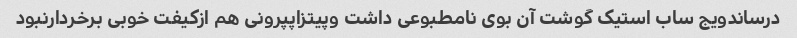
درساندویج ساب استیک گوشت آن بوی نامطبوعی داشت وپیتزاپپرونی هم ازکیفت خوبی برخردارنبود